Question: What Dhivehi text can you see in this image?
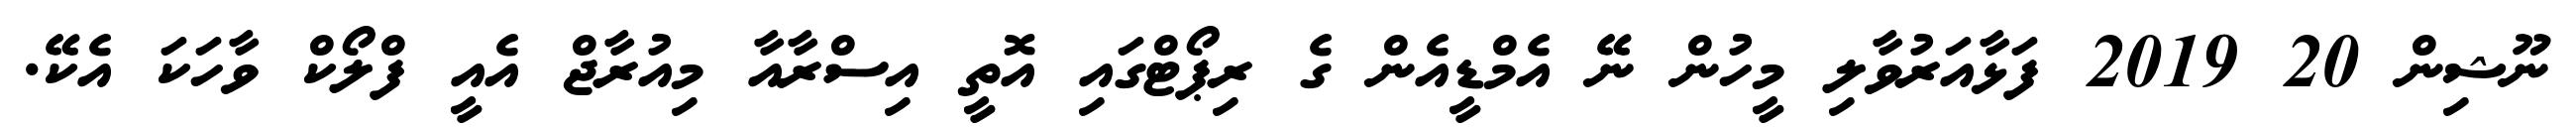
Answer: ނޫޝިން 20 2019 ފަޅާއަރުވާލި މީހުން ނޭ އެމްޑީއެން ގެ ރިޕޯޓްގައި އޮތީ އިސްރާއާ މިއުރާޖް އެއީ ފްލޯކް ވާހަކަ އެކޭ.